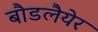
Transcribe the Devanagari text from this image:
बौडलैयेर